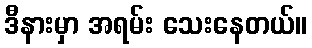
ဒီနားမှာ အရမ်း သေးနေတယ်။